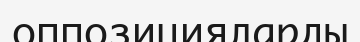
оппозицияларды